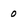
Character: 0